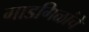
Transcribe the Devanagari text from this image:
गाडगिळांचे